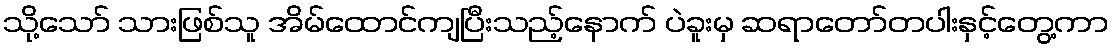
သို့သော် သားဖြစ်သူ အိမ်ထောင်ကျပြီးသည့်နောက် ပဲခူးမှ ဆရာတော်တပါးနှင့်တွေ့ကာ